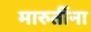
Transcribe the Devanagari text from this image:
मारुतींना